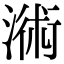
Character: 𣻚